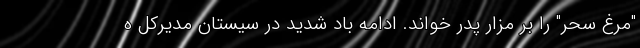
"مرغ سحر" را بر مزار پدر خواند. ادامه باد شدید در سیستان مدیرکل ه